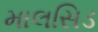
માલસિડ